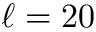
\ell = 2 0